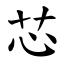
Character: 芯